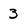
Character: 3